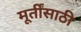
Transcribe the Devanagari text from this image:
मूर्तींसाठी